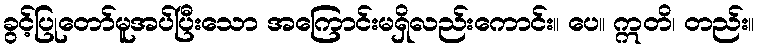
ခွင့်ပြုတော်မူအပ်ပြီးသော အကြောင်းမရှိလည်းကောင်း။ ပေ။ ဣတိ၊ တည်း။